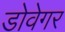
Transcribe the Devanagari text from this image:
डोवेगर